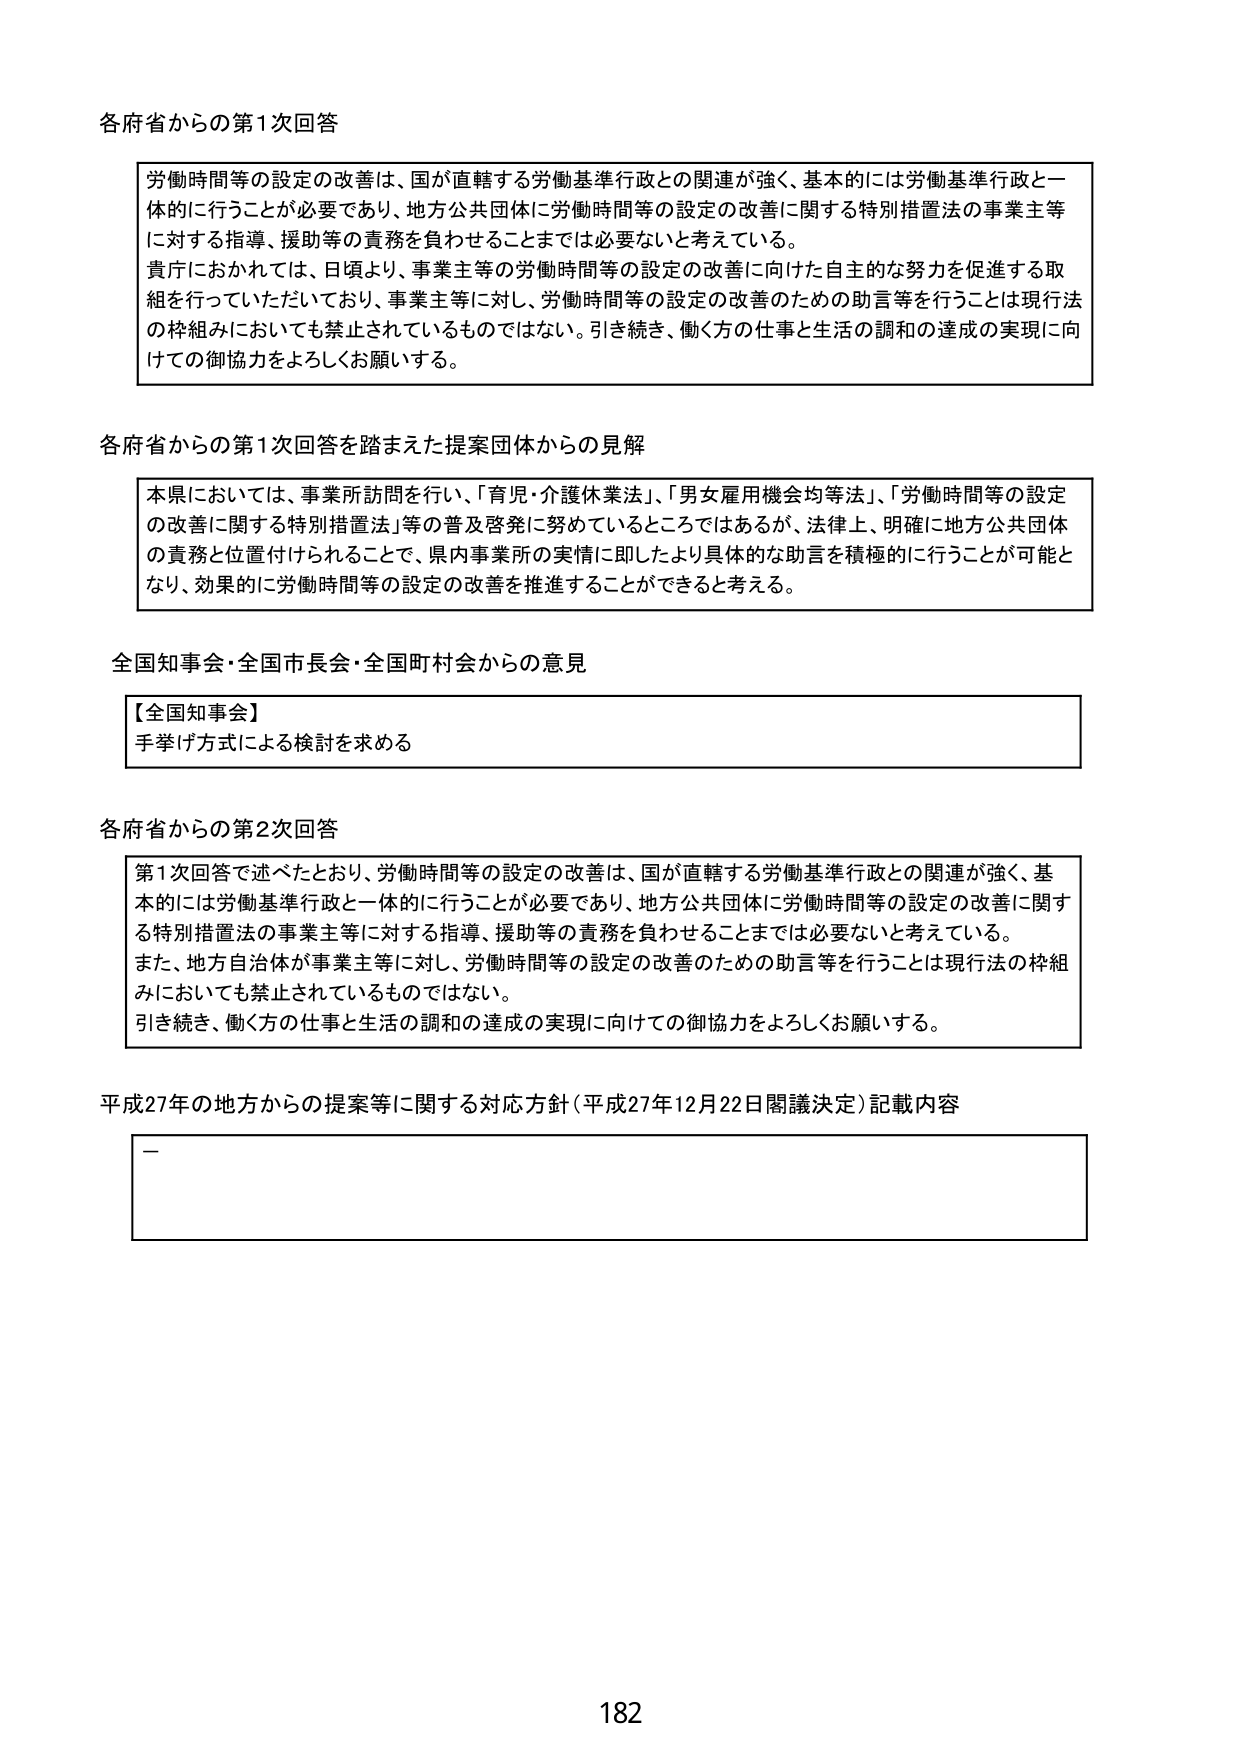
各府省からの第1次回答

労働時間等の設定の改善は、国が直轄する労働基準行政との関連が強く、基本的には労働基準行政と一体的に行うことが必要であり、地方公共団体に労働時間等の設定の改善に関する特別措置法の事業主等に対する指導、援助等の責務を負わせることまでは必要ないと考えている。
貴庁におかれては、日頃より、事業主等の労働時間等の設定の改善に向けた自主的な努力を促進する取組を行っていただいており、事業主等に対し、労働時間等の設定の改善のための助言等を行うことは現行法の枠組みにおいても禁止されているものではない。引き続き、働く方の仕事と生活の調和の達成の実現に向けての御協力をよろしくお願いする。

各府省からの第1次回答を踏まえた提案団体からの見解

本県においては、事業所訪問を行い、「育児・介護休業法」、「男女雇用機会均等法」、「労働時間等の設定の改善に関する特別措置法」等の普及啓発に努めているところではあるが、法律上、明確に地方公共団体の責務と位置付けられることで、県内事業所の実情に即したより具体的な助言を積極的に行うことが可能となり、効果的に労働時間等の設定の改善を推進することができると考える。

全国知事会・全国市長会・全国町村会からの意見

【全国知事会】
手挙げ方式による検討を求める

各府省からの第2次回答

第1次回答で述べたとおり、労働時間等の設定の改善は、国が直轄する労働基準行政との関連が強く、基本的には労働基準行政と一体的に行うことが必要であり、地方公共団体に労働時間等の設定の改善に関する特別措置法の事業主等に対する指導、援助等の責務を負わせることまでは必要ないと考えている。
また、地方自治体が事業主等に対し、労働時間等の設定の改善のための助言等を行うことは現行法の枠組みにおいても禁止されているものではない。
引き続き、働く方の仕事と生活の調和の達成の実現に向けての御協力をよろしくお願いする。

平成27年の地方からの提案等に関する対応方針（平成27年12月22日閣議決定）記載内容

—

182